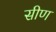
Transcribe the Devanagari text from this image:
सीण